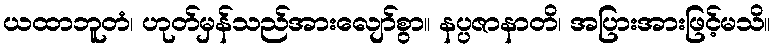
ယထာဘူတံ၊ ဟုတ်မှန်သည်အားလျော်စွာ။ နပ္ပဇာနာတိ၊ အပြားအားဖြင့်မသိ။